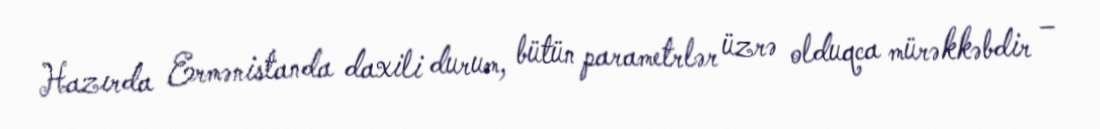
Hazırda Ermənistanda daxili durum, bütün parametrlər üzrə olduqca mürəkkəbdir –